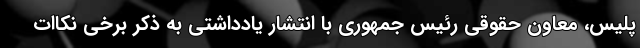
پلیس، معاون حقوقی رئیس جمهوری با انتشار یادداشتی به ذکر برخی نکاات